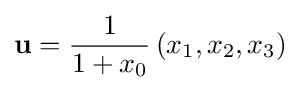
\mathbf {u} ={\frac {1}{1+x_{0}}}\left(x_{1},x_{2},x_{3}\right)